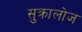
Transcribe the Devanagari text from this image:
सुक्रालोज